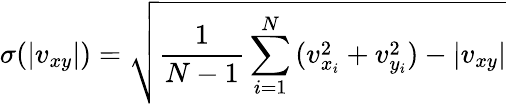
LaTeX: \sigma(|v_{xy}|)=\sqrt{\frac{1}{N-1}\sum_{i=1}^{N}{(v_{x_{i}}^{2}+v_{y_{i}}^{2})-|v_{xy}|}}